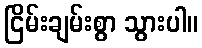
ငြိမ်းချမ်းစွာ သွားပါ။